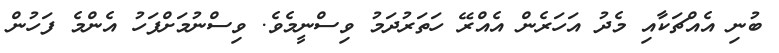
ބުނި އެއްޗަކާއި މެދު އަހަރެން އެއްރޭ ހަތަރުދަމު ވިސްނީމެވެ. ވިސްނުމަށްފަހު އެންމެ ފަހުން